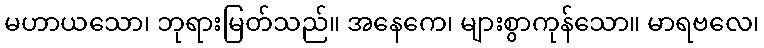
မဟာယသော၊ ဘုရားမြတ်သည်။ အနေကေ၊ များစွာကုန်သော။ မာရဗလေ၊